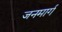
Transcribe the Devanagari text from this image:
जनमार्ग